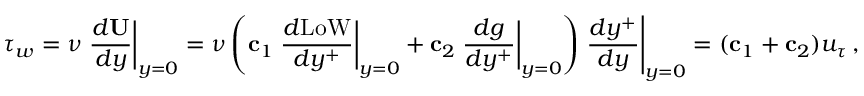
{ \boldsymbol \tau } _ { w } = \nu \left. \frac { d { \bf U } } { d y } \right| _ { y = 0 } = \nu \left( { \bf c } _ { 1 } \left. \frac { d \mathrm { L o W } } { d y ^ { + } } \right| _ { y = 0 } + { \bf c } _ { 2 } \left. \frac { d g } { d y ^ { + } } \right| _ { y = 0 } \right) \left. \frac { d y ^ { + } } { d y } \right| _ { y = 0 } = ( { \bf c } _ { 1 } + { \bf c } _ { 2 } ) u _ { \tau } \, ,